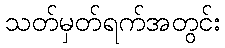
သတ်မှတ်ရက်အတွင်း